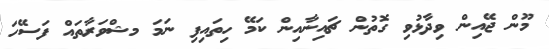
މޫން ޖޭއިން ވިދާޅުވި ގޮތުން ޗައިނާއިން ކަމޭ ހިތައިފި ނަމަ މޝްވަރާތައް ފަސޭހަ